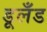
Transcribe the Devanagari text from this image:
डूलँड